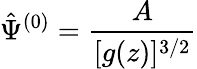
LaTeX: \hat{\Psi}^{(0)}=\frac{A}{[g(z)]^{3/2}}